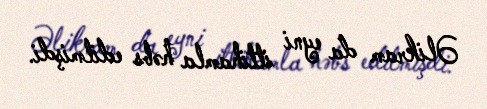
Əlikram da eyni ittihamla həbs edilmişdi.